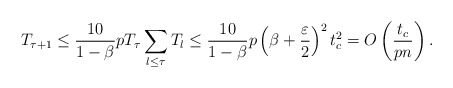
\begin{align*}T_{\tau+1}\leq \frac{10}{1-\beta} p T_{\tau}\sum_{l\leq \tau}T_l \leq \frac{10}{1-\beta} p\left(\beta + \frac{\varepsilon}{2}\right)^2t_c^2 =O\left( \frac{t_c}{pn}\right).\end{align*}